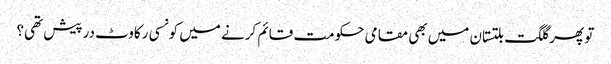
تو پھر گلگت بلتستان میں بھی مقامی حکومت قائم کرنے میں کونسی رکاوٹ درپیش تھی؟